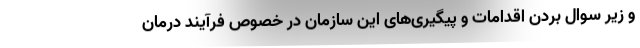
و زیر سوال بردن اقدامات و پیگیری‌های این سازمان در خصوص فرآیند درمان